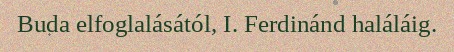
Buda elfoglalásától, I. Ferdinánd haláláig.